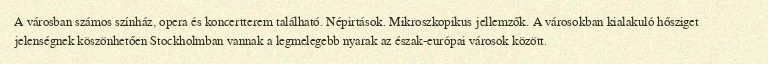
A városban számos színház, opera és koncertterem található. Népirtások. Mikroszkopikus jellemzők. A városokban kialakuló hősziget jelenségnek köszönhetően Stockholmban vannak a legmelegebb nyarak az észak-európai városok között.